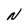
Character: N